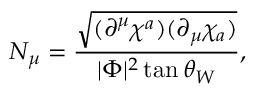
{ \cal N } _ { \mu } = \frac { \sqrt { ( \partial ^ { \mu } \chi ^ { a } ) ( \partial _ { \mu } \chi _ { a } ) } } { | \Phi | ^ { 2 } \tan \theta _ { W } } ,